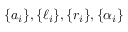
\{ a _ { i } \} , \{ \ell _ { i } \} , \{ r _ { i } \} , \{ \alpha _ { i } \}